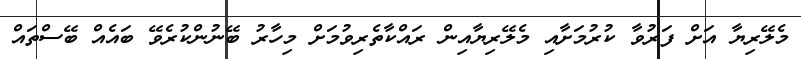
މެލޭރިޔާ އަށް ފަރުވާ ކުރުމަށާއި މެލޭރިޔާއިން ރައްކާތެރިވުމަށް މިހާރު ބޭނުންކުރެވޭ ބައެއް ބޭސްތައް